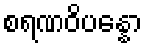
စရဏဝိပန္နော